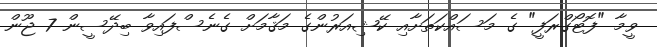
ވީމާ "ފޮޓޯގްރަފީ" ގެ މަސައްކަތަށާއި ކޭޝިއަރުންގެ މަޤާމަށް ގެނެސްފައިވާ ބިދޭސީން 7 ޖޫން